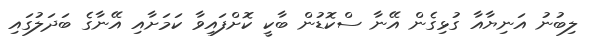
ލިބުނު އަނިޔާއާ ގުޅިގެން އޭނާ ސްކޮޑުން ބާކީ ކޮށްފައިވާ ކަމަށާއި އޭނާގެ ބަދަލުގައި